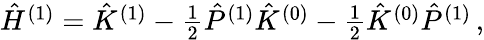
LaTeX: \begin{array}{r}{\hat{H}^{(1)}=\hat{K}^{(1)}-\frac{1}{2}\hat{P}^{(1)}\hat{K}^{(0)}-\frac{1}{2}\hat{K}^{(0)}\hat{P}^{(1)}\, ,}\end{array}